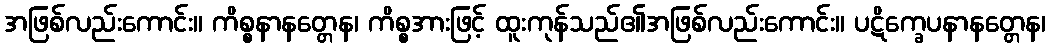
အဖြစ်လည်းကောင်း။ ကိစ္စနာနတ္တေန၊ ကိစ္စအားဖြင့် ထူးကုန်သည်၏အဖြစ်လည်းကောင်း။ ပဋိက္ခေပနာနတ္တေန၊